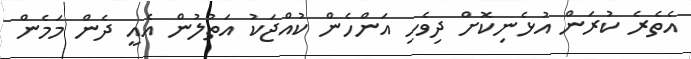
އެތެރެ ކުރަން އުޅެނިކޮށް ދިވެހި އަންހެން ކުއްޖަކު އަތުލުން އެއީ ދެން މަމެން